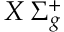
X \, { \Sigma _ { g } ^ { + } }